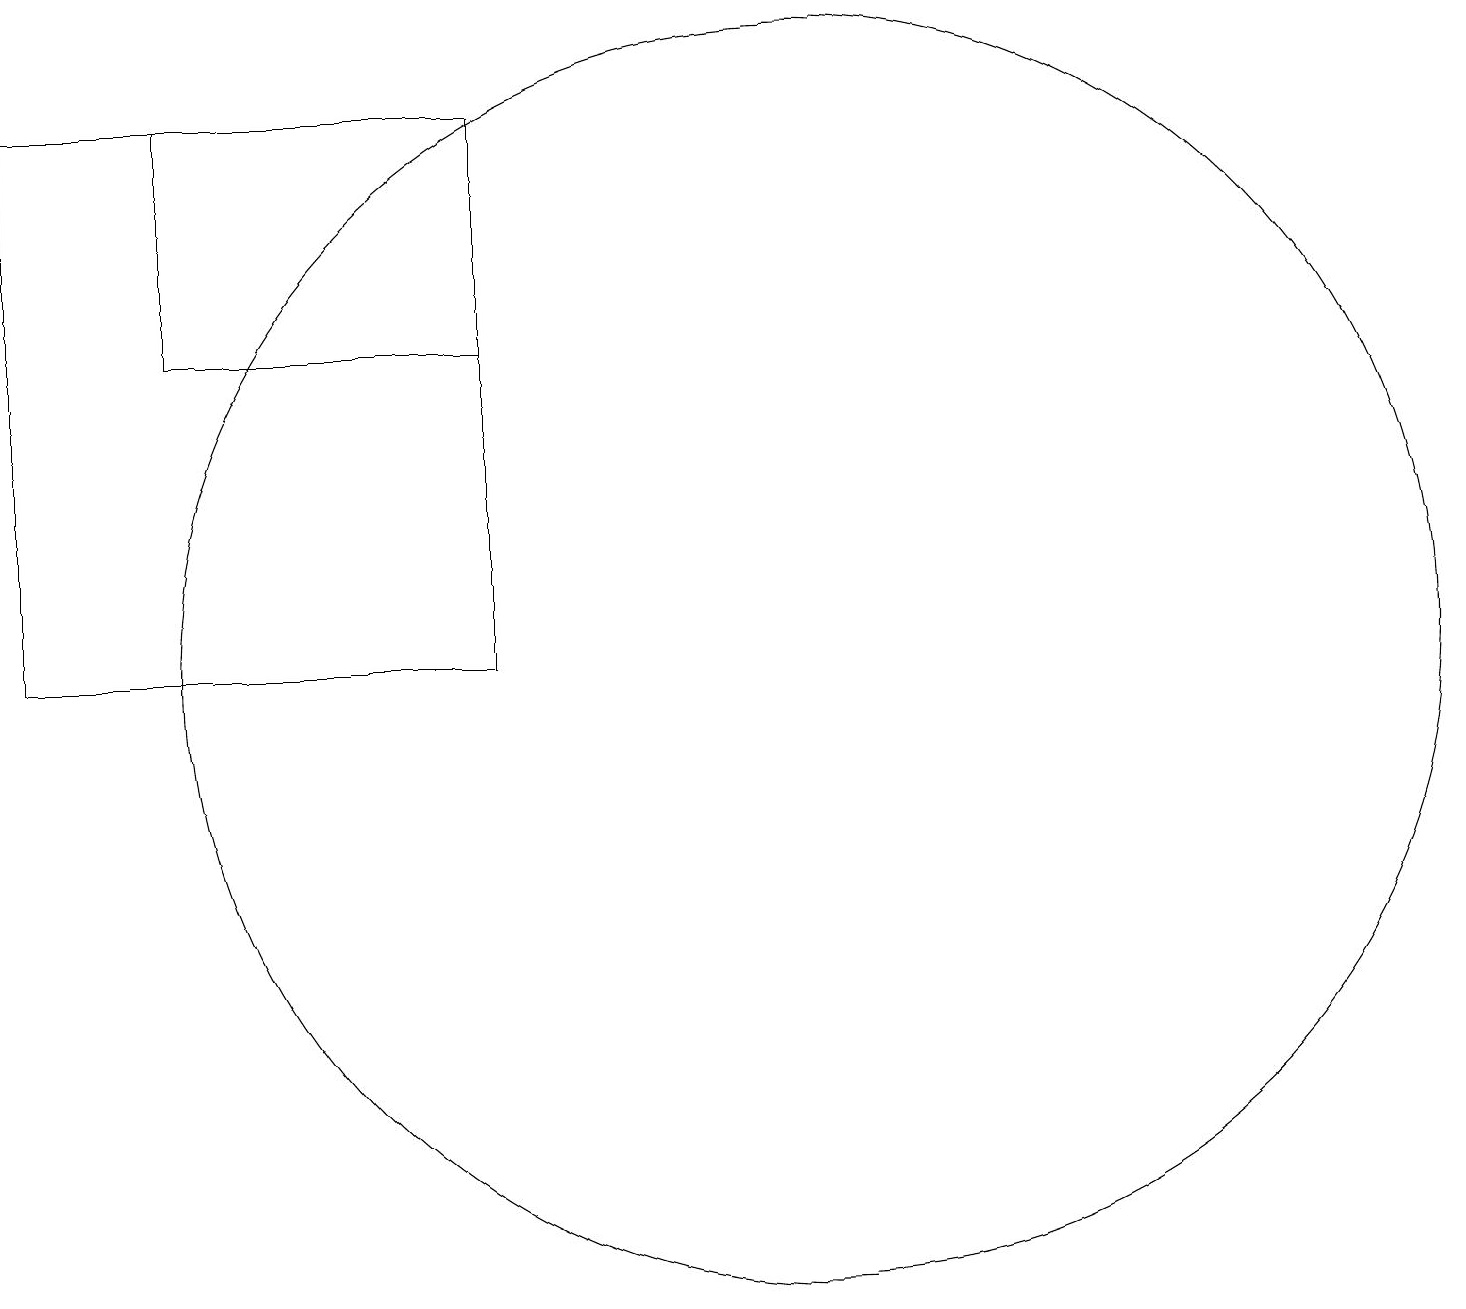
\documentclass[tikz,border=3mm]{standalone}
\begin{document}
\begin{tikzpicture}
\draw (7,15) rectangle (3,18);
\draw (7,11) rectangle (1,18);
\draw (11,11) circle (8);
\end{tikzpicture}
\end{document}